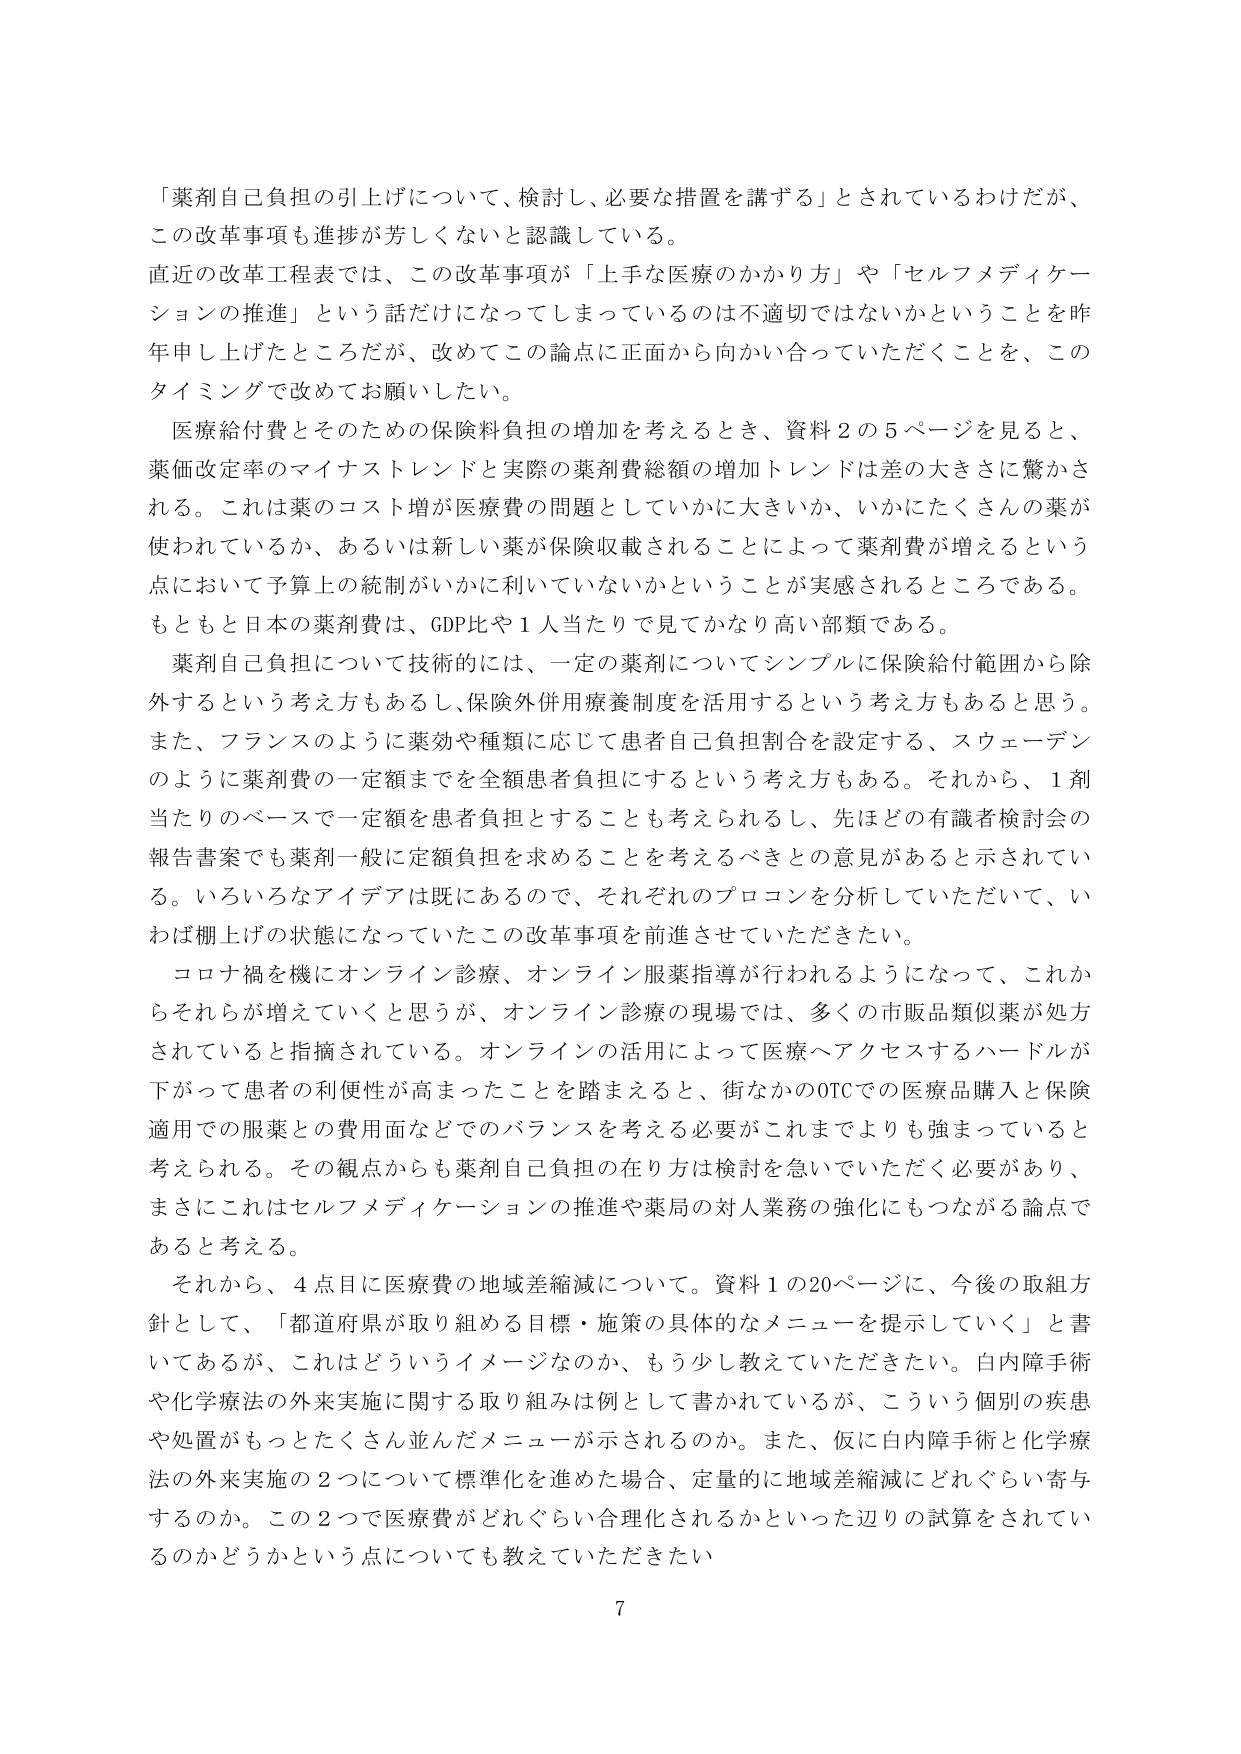
「薬剤自己負担の引上げについて、検討し、必要な措置を講ずる」とされているわけだが、
この改革事項も進捗が芳しくないと認識している。
直近の改革工程表では、この改革事項が「上手な医療のかかり方」や「セルフメディケーションの推進」という話だけになってしまっているのは不適切ではないかということを昨年申し上げたところだが、改めてこの論点に正面から向かい合っていただくことを、このタイミングで改めてお願いしたい。
医療給付費とそのための保険料負担の増加を考えるとき、資料2の5ページを見ると、薬価改定率のマイナストレンドと実際の薬剤費総額の増加トレンドは差の大きさに驚かされる。これは薬のコスト増が医療費の問題としていかに大きいか、いかにたくさんの薬が使われているか、あるいは新しい薬が保険収載されることによって薬剤費が増えるという点において予算上の統制がいかに利いていないかということが実感されるところである。もともと日本の薬剤費は、GDP比や1人当たりで見てかなり高い部類である。
薬剤自己負担について技術的には、一定の薬剤についてシンプルに保険給付範囲から除外するという考え方もあるし、保険外併用療養制度を活用するという考え方もあると思う。また、フランスのように薬効や種類に応じて患者自己負担割合を設定する、スウェーデンのように薬剤費の一定額までを全額患者負担にするという考え方もある。それから、1剤当たりのベースで一定額を患者負担することも考えられるし、先ほどの有識者検討会の報告書案でも薬剤一般に定額負担を求めることを考えるべきとの意見があると示されている。いろいろなアイデアは既にあるので、それぞれのプロコンを分析していただいて、いわば棚上げの状態になっていたこの改革事項を前進させていただきたい。
コロナ禍を機にオンライン診療、オンライン服薬指導が行われるようになって、これからそれらが増えていくと思うが、オンライン診療の現場では、多くの市販品類似薬が処方されていると指摘されている。オンラインの活用によって医療へアクセスするハードルが下がって患者の利便性が高まったことを踏まえると、街なかのOTCでの医療品購入と保険適用での服薬との費用面などでのバランスを考える必要がこれまでよりも強まっていると考えられる。その観点からも薬剤自己負担の在り方は検討を急いでいただく必要があり、まさにこれはセルフメディケーションの推進や薬局の対人業務の強化にもつながる論点であると考える。
それから、4点目に医療費の地域差縮減について。資料1の20ページに、今後の取組方針として、「都道府県が取り組める目標・施策の具体的なメニューを提示していく」と書いてあるが、これはどういうイメージなのか、もう少し教えていただきたい。白内障手術や化学療法の外来実施に関する取り組みは例として書かれているが、こういう個別の疾患や処置がもっとたくさん並んだメニューが示されるのか。また、仮に白内障手術と化学療法の外来実施の2つについて標準化を進めた場合、定量的に地域差縮減にどれぐらい寄与するのか。この2つで医療費がどれぐらい合理化されるかといった辺りの試算がされているのかどうかという点についても教えていただきたい。
7